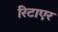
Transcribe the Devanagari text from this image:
रिटाएर